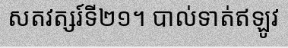
សតវត្សរ៍ទី២១។ បាល់ទាត់ឥឡូវ